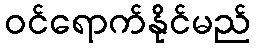
ဝင်ရောက်နိုင်မည်